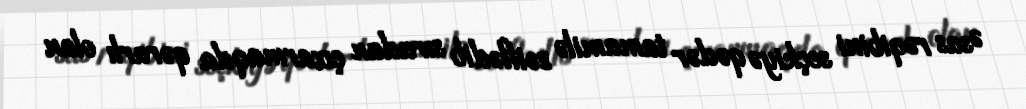
Əsas rəqibini seçkiyə qədər tamamilə zəiflədib sıradan çıxarmaqda qərarlı olan